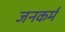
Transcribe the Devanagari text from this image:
जनकर्म